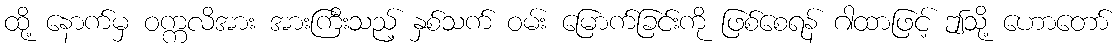
ထို့ နောက်မှ ဝက္ကလိအား အားကြီးသည့် နှစ်သက် ဝမ်း မြောက်ခြင်းကို ဖြစ်စေရန် ဂါထာဖြင့် ဤသို့ ဟောတော်